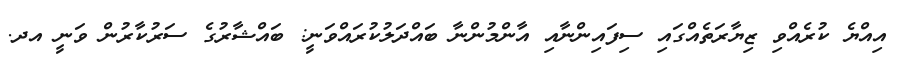
އިއްޔެ ކުރެއްވި ޒިޔާރަތެއްގައި ސިފައިންނާއި އާންމުންނާ ބައްދަލުކުރައްވަނީ: ބައްޝާރުގެ ސަރުކާރުން ވަނީ އދ.